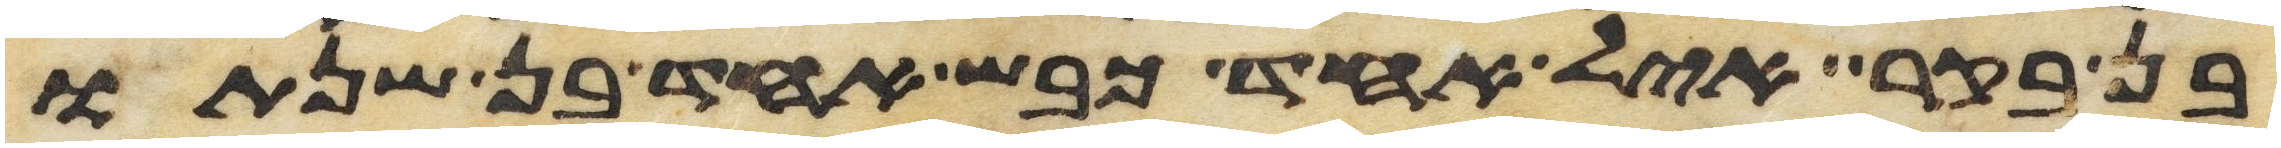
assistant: בן בקר איל אחד כבש אחד בן שנתו